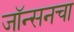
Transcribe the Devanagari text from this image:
जॉन्सनचा